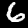
Label: 6